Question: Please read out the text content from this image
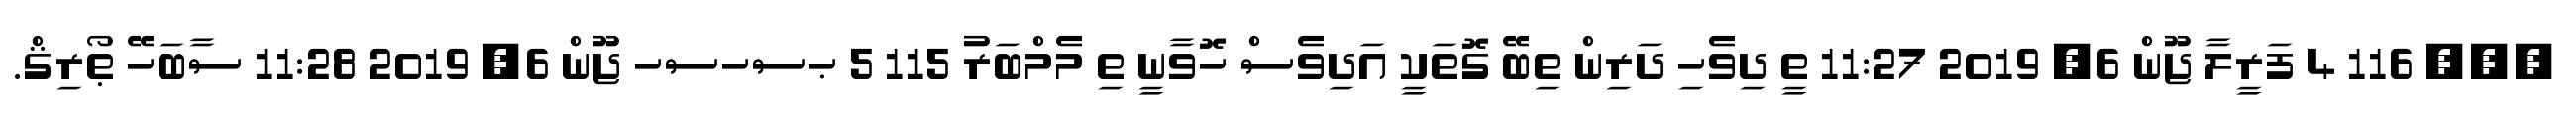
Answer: ??? 116 4 ފަރީލާ ޖޫން 6, 2019 11:27 ތީ ދިވެހި ދަރިން ތިބޭ ގޮތަކީ އަދިވެސް ހޮވާނީ ތި މެމްބަރު 115 5 ޙސހސހ ޖޫން 6, 2019 11:28 ސާބަހޭ ޠޯރިޤް.